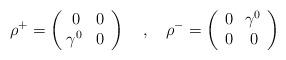
LaTeX: \begin{align*}\rho^+ = \left( \begin{array}{cc} 0 & 0\\ \! \gamma^0 & 0 \end{array}\right)\quad ,\quad \rho^- = \left(\begin{array}{cc}0 & \! \gamma^0\\ 0 & 0\end{array}\right)\end{align*}